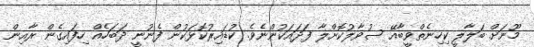
މޫނަށް ބަލާލީ ކިހިނެތްވީބާއޭ ސުވާލުކޮށްލާ ފަދައަކުންނެވެ. ކުޑައިރުކޮޅަކުން ފެނުނީ ދަބަހެއް ހިފައިގެން ރާއިން